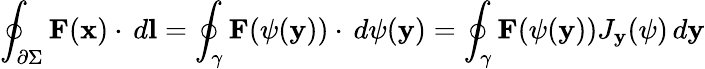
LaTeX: \oint_{\partial\Sigma}{\mathbf{F}(\mathbf{x})\cdot\, d\mathbf{l}}=\oint_{\gamma}{\mathbf{F}(\mathbf{\psi}(\mathbf{y}))\cdot\, d\mathbf{\psi}(\mathbf{y})}=\oint_{\gamma}{\mathbf{F}(\mathbf{\psi}(\mathbf{y}))J_{\mathbf{y}}(\mathbf{\psi})\, d\mathbf{y}}